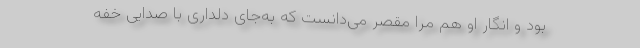
بود و انگار او هم مرا مقصر می‌دانست که به‌جای دلداری با صدایی خفه